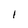
Character: I